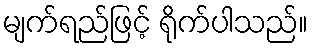
မျက်ရည်ဖြင့် ရိုက်ပါသည်။